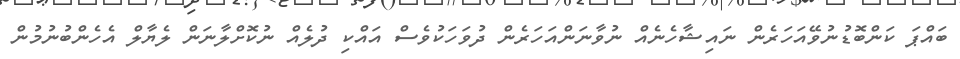
ބައްޕަ ކަންބޮޑުނުވޭއަހަރެން ނައިޝާހެނެއް ނުވާނަންއަހަރެން ދުވަހަކުވެސް އައްކި ދުލެއް ނުކޮށްލާނަން ލެޔާލް އެހެންބުނުމުން